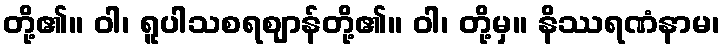
တို့၏။ ဝါ၊ ရူပါသစရဈာန်တို့၏။ ဝါ၊ တို့မှ။ နိဿရဏံနာမ၊